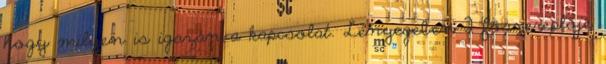
hogy milyen is igazán a kapcsolat. Lényegében 2 főszereplője